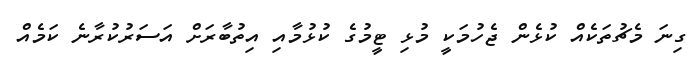
ގިނަ މެޗުތަކެއް ކުޅެން ޖެހުމަކީ މުޅި ޓީމުގެ ކުޅުމާއި އިތުބާރަށް އަސަރުކުރާނެ ކަމެއް